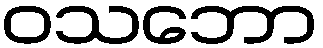
ဝသဘော